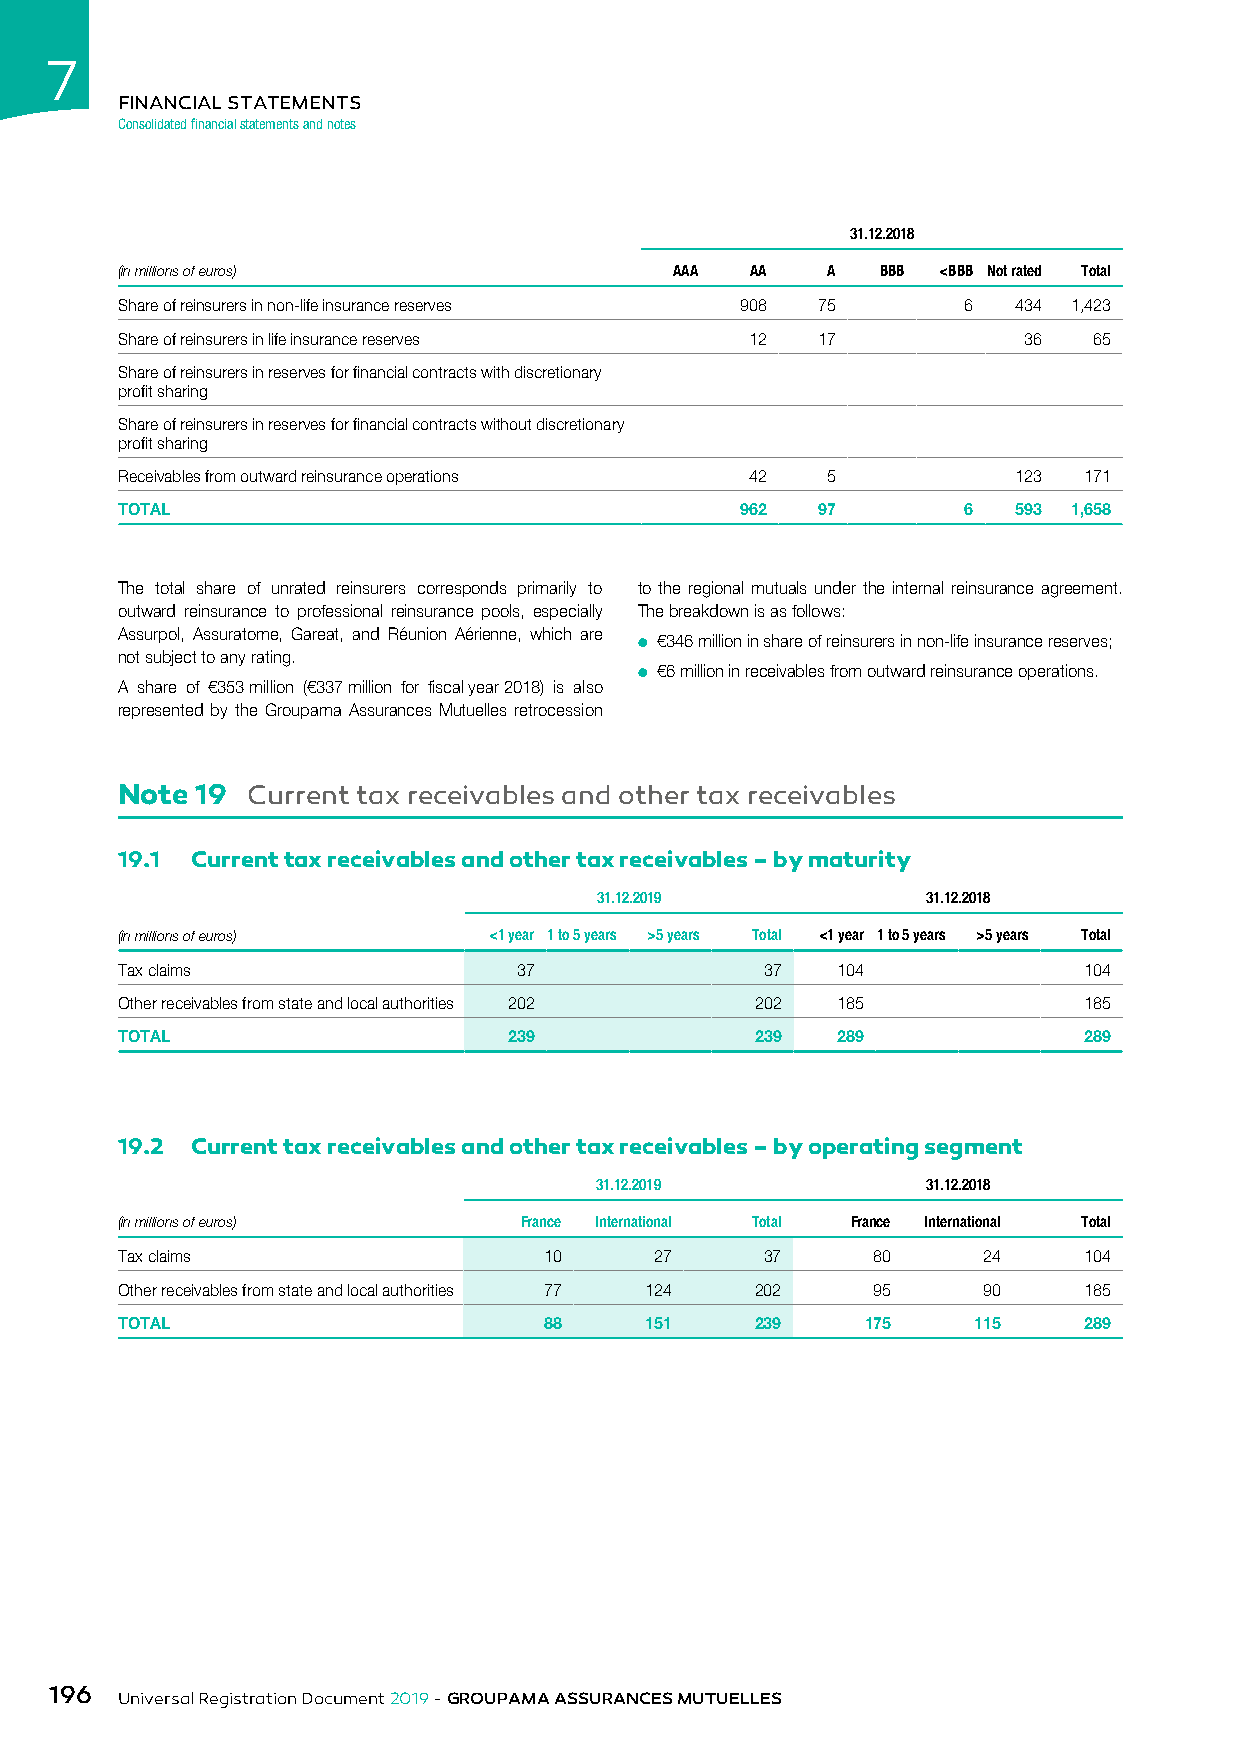
7
 FINANCIAL STATEMENTS
 Consolidated financial statements and notes
 31.12.2018
 (in millions of euros)               AAA  AA   A  BBB <BBB Not rated Total
 Share of reinsurers in non-life insurance reserves 908 75 6 434 1,423
 Share of reinsurers in life insurance reserves 12 17        36  65
 Share of reinsurers in reserves for financial contracts with discretionary
 profit sharing
 Share of reinsurers in reserves for financial contracts without discretionary
 profit sharing
 Receivables from outward reinsurance operations 42 5       123  171
 TOTAL                                    962  97        6  593 1,658
 The total share of unrated reinsurers corresponds primarily to to the regional mutuals under the internal reinsurance agreement.
 outward reinsurance to professional reinsurance pools, especially The breakdown is as follows:
 Assurpol, Assuratome, Gareat, and Réunion Aérienne, which are
 ● €346 million in share of reinsurers in non-life insurance reserves;
 not subject to any rating.
 ● €6 million in receivables from outward reinsurance operations.
 A share of €353 million (€337 million for fiscal year 2018) is also
 represented by the Groupama Assurances Mutuelles retrocession
 Note 19 Current tax receivables and other tax receivables
 19.1 Current tax receivables and other tax receivables – by maturity
 31.12.2019            31.12.2018
 (in millions of euros)  <1 year 1 to 5 years >5 years Total <1 year 1 to 5 years >5 years Total
 Tax claims                37               37  104              104
 Other receivables from state and local authorities 202 202 185  185
 TOTAL                     239             239  289              289
 19.2 Current tax receivables and other tax receivables – by operating segment
 31.12.2019            31.12.2018
 (in millions of euros)    France International Total France International Total
 Tax claims                  10     27      37     80     24     104
 Other receivables from state and local authorities 77 124 202 95 90 185
 TOTAL                       88     151    239    175    115     289
 196
 Universal Registration Document 2019 - GROUPAMA ASSURANCES MUTUELLES